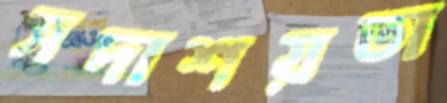
সদাশয়তা